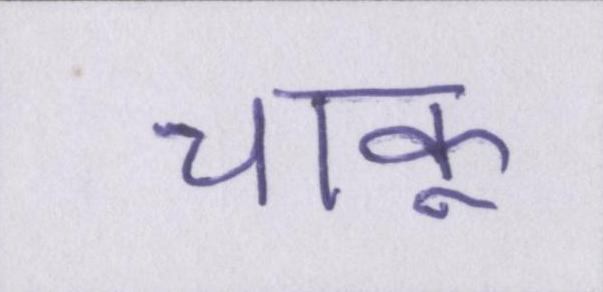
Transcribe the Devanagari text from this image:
चाकू